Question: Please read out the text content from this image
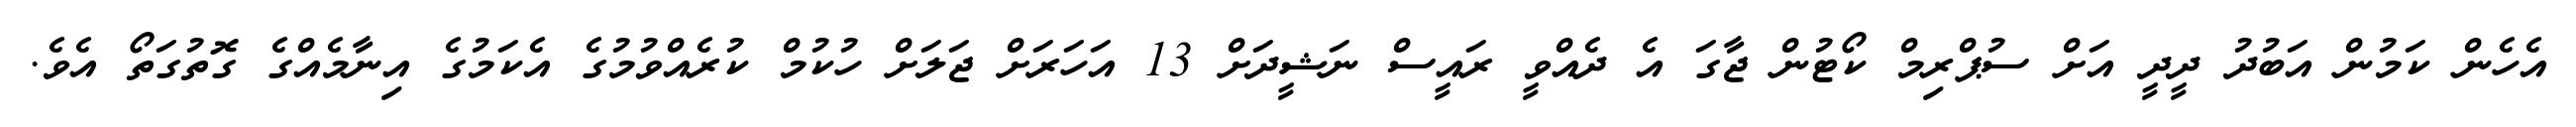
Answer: އެހެން ކަމުން އަބުދު ދީދީ އަށް ސުޕްރިމް ކޯޓުން ޖާގަ އެ ދެއްވީ ރައީސް ނަޝީދަށް 13 އަހަރަށް ޖަލަށް ހުކުމް ކުރެއްވުމުގެ އެކަމުގެ އިނާމެއްގެ ގޮތުގަތޯ އެވެ.